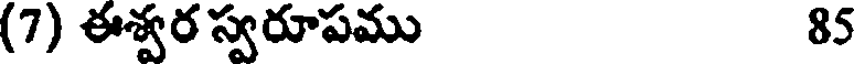
(7) ఈశ్వర స్వరూపము 85